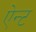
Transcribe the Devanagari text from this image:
ऐन्ट